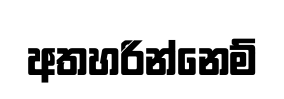
අතහරින්නෙම්